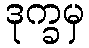
ဒုက္ခမှ